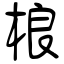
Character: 桹